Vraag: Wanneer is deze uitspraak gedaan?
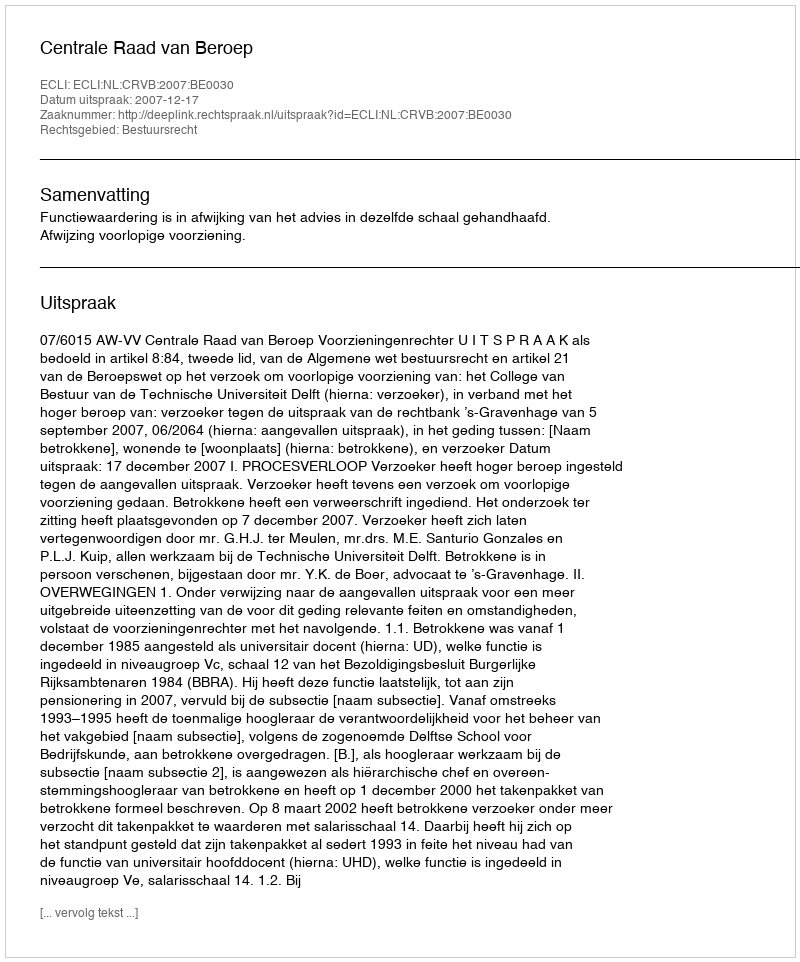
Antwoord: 2007-12-17